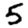
Digit: 5